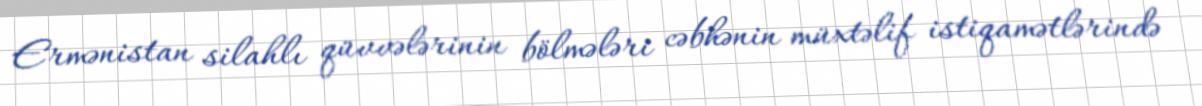
Ermənistan silahlı qüvvələrinin bölmələri cəbhənin müxtəlif istiqamətlərində